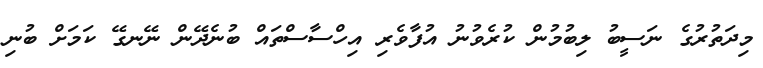
މިދަތުރުގެ ނަސީބު ލިބުމުން ކުރެވުނު އުފާވެރި އިހްސާސްތައް ބުނެދޭން ނޭނގޭ ކަމަށް ބުނި